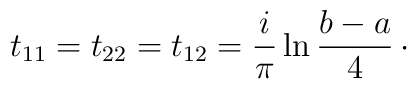
t_{11}=t_{22}=t_{12} = {i\over \pi}\ln {b-a\over 4}\,\cdotp